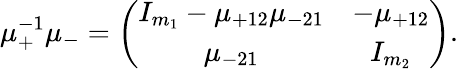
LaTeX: \mu_{+}^{-1}\mu_{-}=\left(\begin{array}{cc}{{I_{m_{1}}-\mu_{+12}\mu_{-21}}}&{{-\mu_{+12}}}\\ {{\mu_{-21}}}&{{I_{m_{2}}}}\end{array}\right).